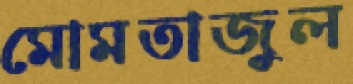
মোমতাজুল